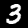
Digit: 3